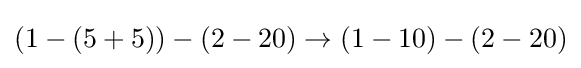
(1-(5+5))-(2-20)\rightarrow (1-10)-(2-20)